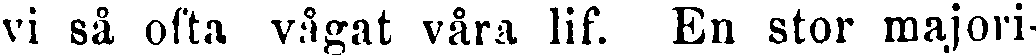
vi så ofta vågat våra lif. En stor majori-